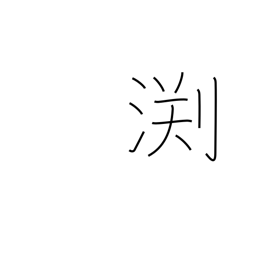
Meaning: edge